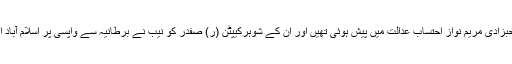
گزشتہ سماعت پر سابق وزیراعظم نوازشریف کی صاحبزادی مریم نواز احتساب عدالت میں پیش ہوئی تھیں اور ان کے شوہرکیپٹن (ر) صفدر کو نیب نے برطانیہ سے واپسی پر اسلام آباد ائیر پورٹ سے گرفتار کر کے عدالت میں پیش کیا تھا۔